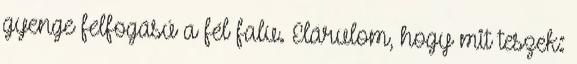
gyenge felfogású a fél falu. Elárulom, hogy mit teszek: